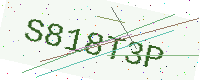
Text: S818T3P